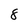
Character: 8